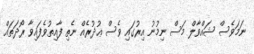
ނަމަވެސް ޝައްވާލް މަސް ނިމުނު އިރުގައި ވެސް ޢުޛުރެއް ނެތި ފާއިތުވެފައިވާ ރޯދަތައް